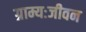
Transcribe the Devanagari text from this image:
ग्राम्यःजीवन